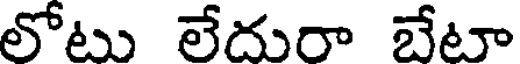
లోటు లేదురా బేటా